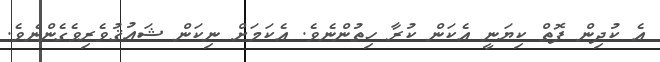
އެ ކުދިން ފޮތް ކިޔަނީ އެކަން ކުރާ ހިތުންނެވެ. އެކަމަށް ނިކަން ޝައުޤުވެރިވެގެންނެވެ.